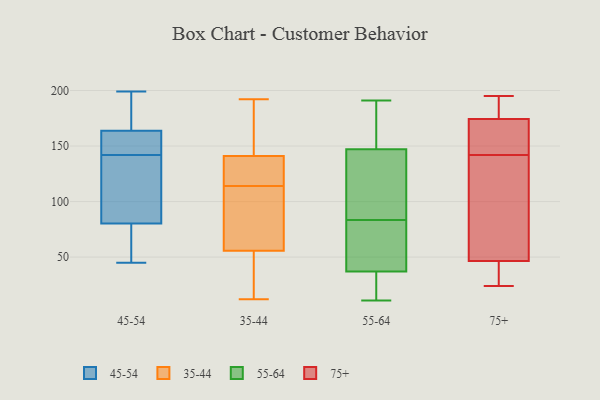
{"axis": {"x": "Net Income (USD K)", "y": "Value"}, "legend": ["35-44", "45-54", "55-64", "75+"], "data": [{"x": "", "y": 157, "type": "45-54"}, {"x": "", "y": 178, "type": "45-54"}, {"x": "", "y": 96, "type": "45-54"}, {"x": "", "y": 45, "type": "45-54"}, {"x": "", "y": 118, "type": "45-54"}, {"x": "", "y": 67, "type": "45-54"}, {"x": "", "y": 163, "type": "45-54"}, {"x": "", "y": 142, "type": "45-54"}, {"x": "", "y": 75, "type": "45-54"}, {"x": "", "y": 164, "type": "45-54"}, {"x": "", "y": 199, "type": "45-54"}, {"x": "", "y": 135, "type": "35-44"}, {"x": "", "y": 150, "type": "35-44"}, {"x": "", "y": 55, "type": "35-44"}, {"x": "", "y": 49, "type": "35-44"}, {"x": "", "y": 192, "type": "35-44"}, {"x": "", "y": 179, "type": "35-44"}, {"x": "", "y": 77, "type": "35-44"}, {"x": "", "y": 87, "type": "35-44"}, {"x": "", "y": 114, "type": "35-44"}, {"x": "", "y": 55, "type": "35-44"}, {"x": "", "y": 119, "type": "35-44"}, {"x": "", "y": 12, "type": "35-44"}, {"x": "", "y": 125, "type": "35-44"}, {"x": "", "y": 160, "type": "35-44"}, {"x": "", "y": 82, "type": "35-44"}, {"x": "", "y": 56, "type": "35-44"}, {"x": "", "y": 138, "type": "35-44"}, {"x": "", "y": 110, "type": "55-64"}, {"x": "", "y": 152, "type": "55-64"}, {"x": "", "y": 23, "type": "55-64"}, {"x": "", "y": 178, "type": "55-64"}, {"x": "", "y": 147, "type": "55-64"}, {"x": "", "y": 37, "type": "55-64"}, {"x": "", "y": 129, "type": "55-64"}, {"x": "", "y": 191, "type": "55-64"}, {"x": "", "y": 40, "type": "55-64"}, {"x": "", "y": 78, "type": "55-64"}, {"x": "", "y": 36, "type": "55-64"}, {"x": "", "y": 11, "type": "55-64"}, {"x": "", "y": 80, "type": "55-64"}, {"x": "", "y": 87, "type": "55-64"}, {"x": "", "y": 24, "type": "75+"}, {"x": "", "y": 156, "type": "75+"}, {"x": "", "y": 174, "type": "75+"}, {"x": "", "y": 126, "type": "75+"}, {"x": "", "y": 52, "type": "75+"}, {"x": "", "y": 175, "type": "75+"}, {"x": "", "y": 30, "type": "75+"}, {"x": "", "y": 195, "type": "75+"}, {"x": "", "y": 167, "type": "75+"}, {"x": "", "y": 192, "type": "75+"}, {"x": "", "y": 142, "type": "75+"}, {"x": "", "y": 25, "type": "75+"}, {"x": "", "y": 68, "type": "75+"}]}